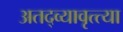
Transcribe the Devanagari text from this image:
अतद्व्यावृत्त्या